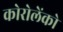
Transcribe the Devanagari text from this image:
कोरोलेंको